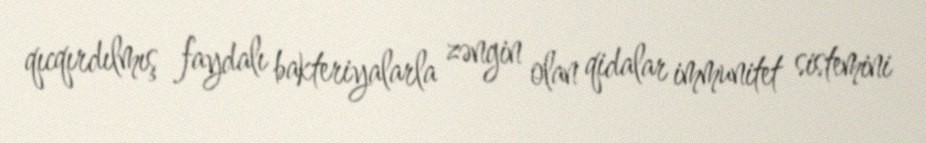
qıcqırdılmış faydalı bakteriyalarla zəngin olan qidalar immunitet sistemini